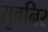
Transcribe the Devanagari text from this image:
सुवनिर